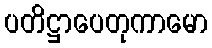
ပတိဋ္ဌာပေတုကာမော